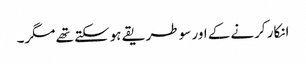
انکار کرنے کے اور سو طریقے ہوسکتے تھے مگر۔